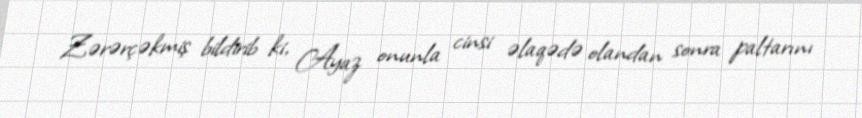
Zərərçəkmiş bildirib ki, Ayaz onunla cinsi əlaqədə olandan sonra paltarını